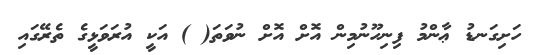
ހަށިގަނޑު ޢާންމު ފިނިހޫނުމިން އޮށް އޮށް ނުވަތަ( ) އަކީ އުރަވަޅީގެ ތެރޭގައި